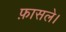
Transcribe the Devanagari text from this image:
फ़ासले।